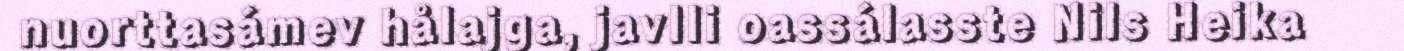
nuorttasámev hålajga, javlli oassálasste Nils Heika